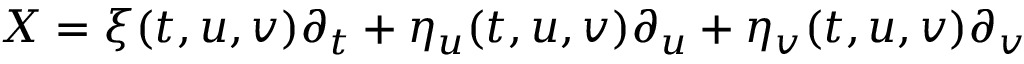
X = \xi ( t , u , v ) \partial _ { t } + \eta _ { u } ( t , u , v ) \partial _ { u } + \eta _ { v } ( t , u , v ) \partial _ { v }